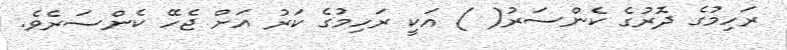
ރަހިމުގެ ދޮރުގެ ކެންސަރު( ) އަކީ ރަހިމުގެ ކަރު އަށް ޖެހޭ ކެންސަރެވެ.